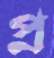
প্র